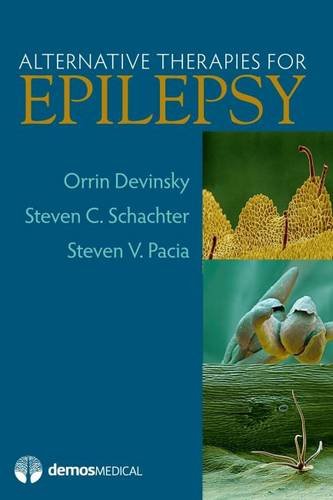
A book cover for Alternative Therapies in Epilepsy Care; Orrin Devinsky MD; Health, Fitness & Dieting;